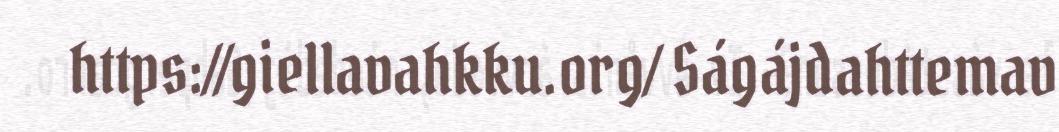
https://giellavahkku.org/ Ságájdahttemav